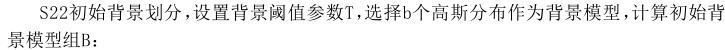
S22初始背景划分，设置背景阈值参数T，选择b个高斯分布作为背景模型，计算初始背景模型组B：